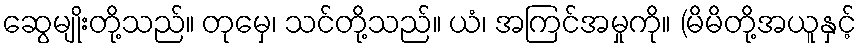
ဆွေမျိုးတို့သည်။ တုမှေ၊ သင်တို့သည်။ ယံ၊ အကြင်အမှုကို။ (မိမိတို့အယူနှင့်